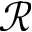
\mathcal { R }